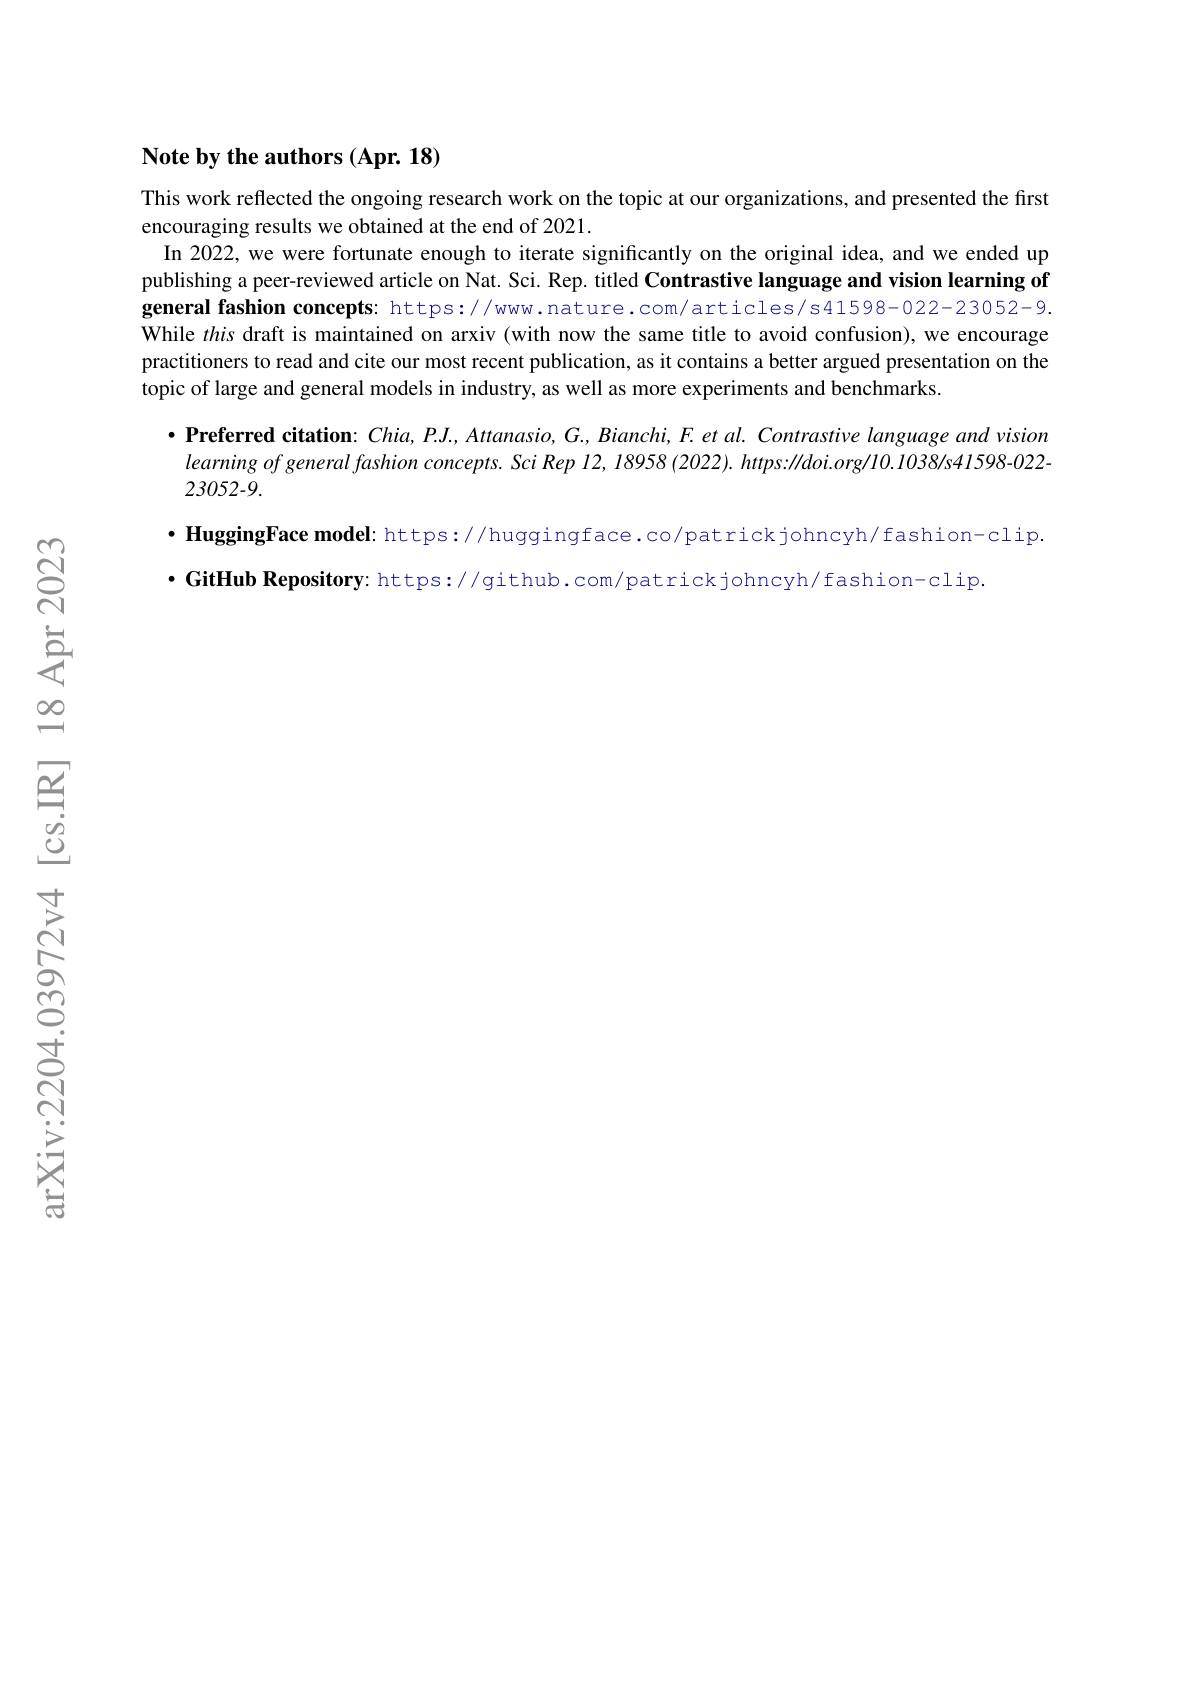
### $\textbf{Note by the authors ( Apr. 18) }$

This work reflected the ongoing research work on the topic at our organizations, and presented the first
encouraging results we obtained at the end of 2021.
In 2022, we were fortunate enough to iterate significantly on the original idea, and we ended up publishing a peer-reviewed article on Nat. Sci. Rep. titled Contrastive language and vision learning of general fashion concepts: https://www.nature.com/articles/s41598-022-23052-9. While this draft is maintained on arxiv (with now the same title to avoid confusion), we encourage practitioners to read and cite our most recent publication, as it contains a better argued presentation on the topic of large and general models in industry, as well as more experiments and benchmarks
$•$ Preferred citation: $Chia,P.J.,Attanasio,G.,Bianchi,F.etal.Contrastive$ language and vision $\begin{array}{l}{learning~of~general~fashion~concepts.~Sci~Rep~12,~I8958~(2022).~https:\|doi.org/10.1038/s41598-022}\\{23052-9.}\end{array}$

$\cdot$ HuggingFace model: https://huggingface.co/patrickjohncyh/fashion-clip.
$\cdot$ GitHub Repository: https://github.com/patrickjohncyh/fashion-clip